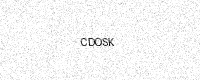
Text: CDOSK